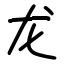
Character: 龙